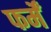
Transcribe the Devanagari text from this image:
फर्में